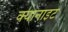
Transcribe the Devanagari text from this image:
क्यानाइट